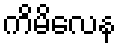
ကိမိလေန